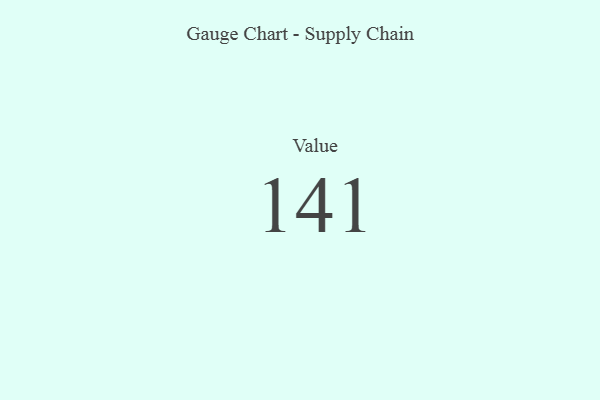
{"axis": {"x": "Metric", "y": "Value"}, "legend": [""], "data": [{"x": "Value", "y": 141, "type": ""}]}